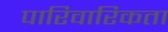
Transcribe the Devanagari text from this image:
पारिवारिकता